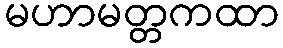
မဟာမတ္တကထာ